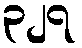
၃၂၇